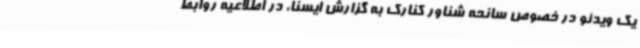
یک ویدئو در خصوص سانحه شناور کنارک به گزارش ایسنا، در اطلاعیه روابط